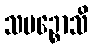
သမဉ္စောသိ